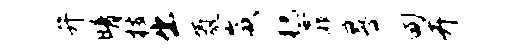
弁晴枝出氛崴猊霏晷甸卉